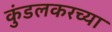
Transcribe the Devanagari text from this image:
कुंडलकरच्या